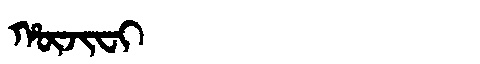
Manchu: ᡥᡡᠵᡳᠸᡳ
Romanization: HŪJIFI